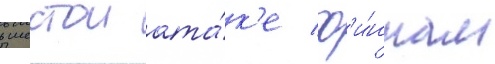
в шестои ата́к'е ф'и́ннам